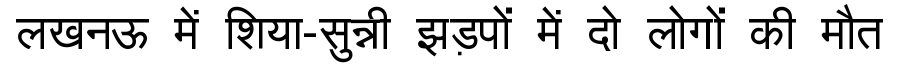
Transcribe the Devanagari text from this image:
लखनऊ में शिया-सुन्नी झड़पों में दो लोगों की मौत